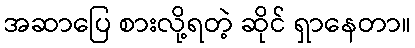
အဆာပြေ စားလို့ရတဲ့ ဆိုင် ရှာနေတာ။